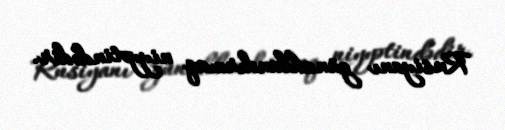
Rusiyanı günahlandırmaq niyyətindədir.